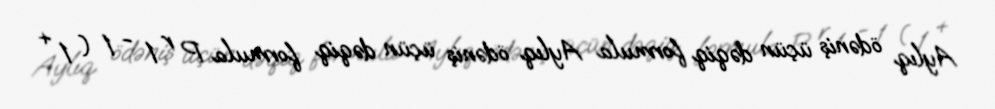
Aylıq ödəniş üçün dəqiq formula Aylıq ödəniş üçün dəqiq formula P r 1 − 1 ( 1 +